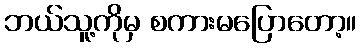
ဘယ်သူ့ကိုမှ စကားမပြောတော့။